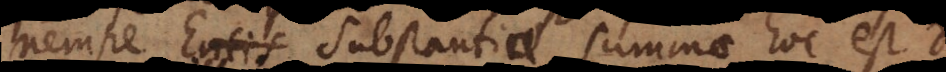
nempe Entis Substantiae summae hoc est